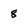
Character: 8